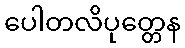
ပေါတလိပုတ္တေန